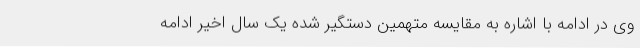
وی در ادامه با اشاره به مقایسه متهمین دستگیر شده یک سال اخیر ادامه